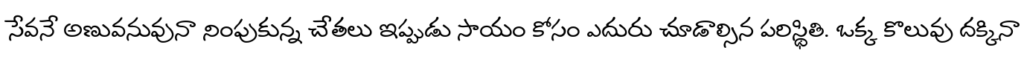
సేవనే అణువనువునా నింపుకున్న చేతలు ఇప్పుడు సాయం కోసం ఎదురు చూడాల్సిన పరిస్థితి. ఒక్క కొలువు దక్కినా